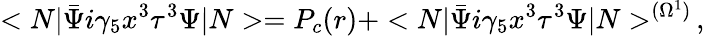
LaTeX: <N|\bar{\Psi}i\gamma_{5}x^{3}\tau^{3}\Psi|N>=P_{c}(r)+<N|\bar{\Psi}i\gamma_{5}x^{3}\tau^{3}\Psi|N>^{(\Omega^{1})}\, ,